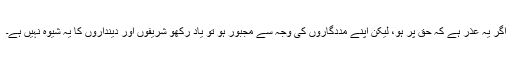
اگر یہ عذر ہے کہ حق پر ہو، لیکن اپنے مددگاروں کی وجہ سے مجبور ہو تو یاد رکھو شریفوں اور دینداروں کا یہ شیوہ نہیں ہے۔